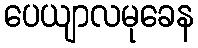
ပေယျာလမုခေန